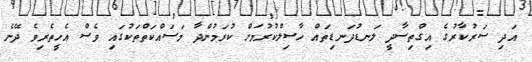
އަދި ސަރުކާރުގެ އިގްތިސާދީ ލަނޑުދަނޑިތައް ހާސިލްކުރުމަށް ކުރަމުންދާ މަސައްކަތްތަކުގައި ވެސް އެހީތެރިވެ ދޭނެ